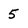
Character: 5